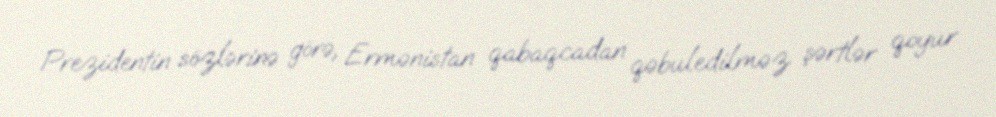
Prezidentin sözlərinə görə, Ermənistan qabaqcadan qəbuledilməz şərtlər qoyur